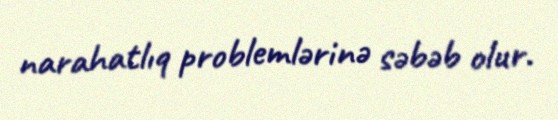
narahatlıq problemlərinə səbəb olur.